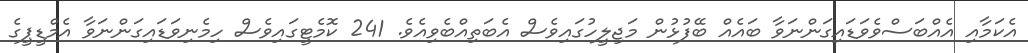
އެކަމާއި އެއްބަސްވެވަޑައިގަންނަވާ ބައެއް ބޭފުޅުން މަޖިލީހުގައިވެސް އެބަތިއްބެވިއެވެ. 241 ކޮމެޓީގައިވެސް ހިމެނިވަޑައިގަންނަވާ އެމްޑީޕީގެ